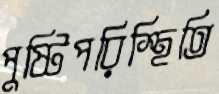
পুষ্টিপরিস্থিতি